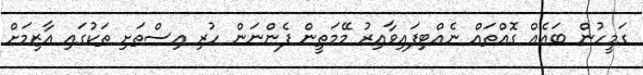
ގަމީހުން ބައެއް ގޮއްތައް ނެއްޓިފައިވާއިރު މޭމަތީން ފެންނަން ހުރި އިސްތަށި ތަކުގައި އާޒިމަށް